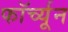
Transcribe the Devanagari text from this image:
फॉर्च्‍यून